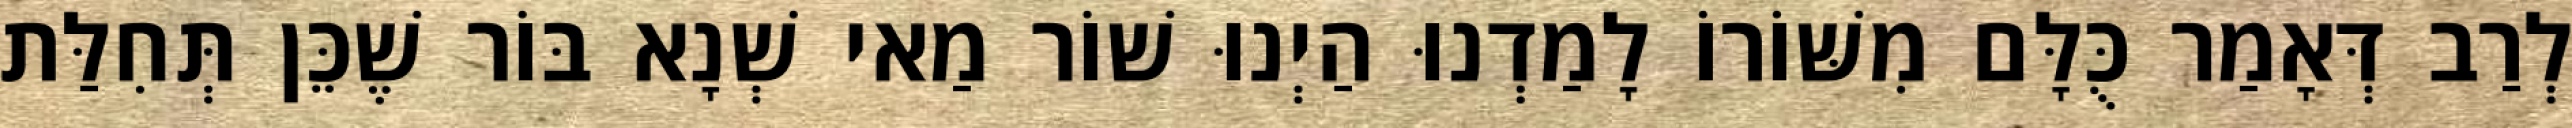
לְרַב דְּאָמַר כֻּלָּם מִשּׁוֹרוֹ לָמַדְנוּ הַיְנוּ שׁוֹר מַאי שְׁנָא בּוֹר שֶׁכֵּן תְּחִלַּת